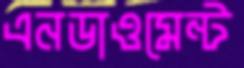
এনডাওমেন্ট